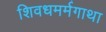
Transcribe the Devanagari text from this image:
शिवधमर्मगाथा